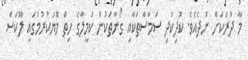
މާ ދުރަކަށް ނުދެއެވެ. ކުދިކުދި ސަމާސާތަކާއި ގޯނާތަކުން ކަމީލާގެ ހިތް މޮޔަކުރުމުގައި ލޫކަސް